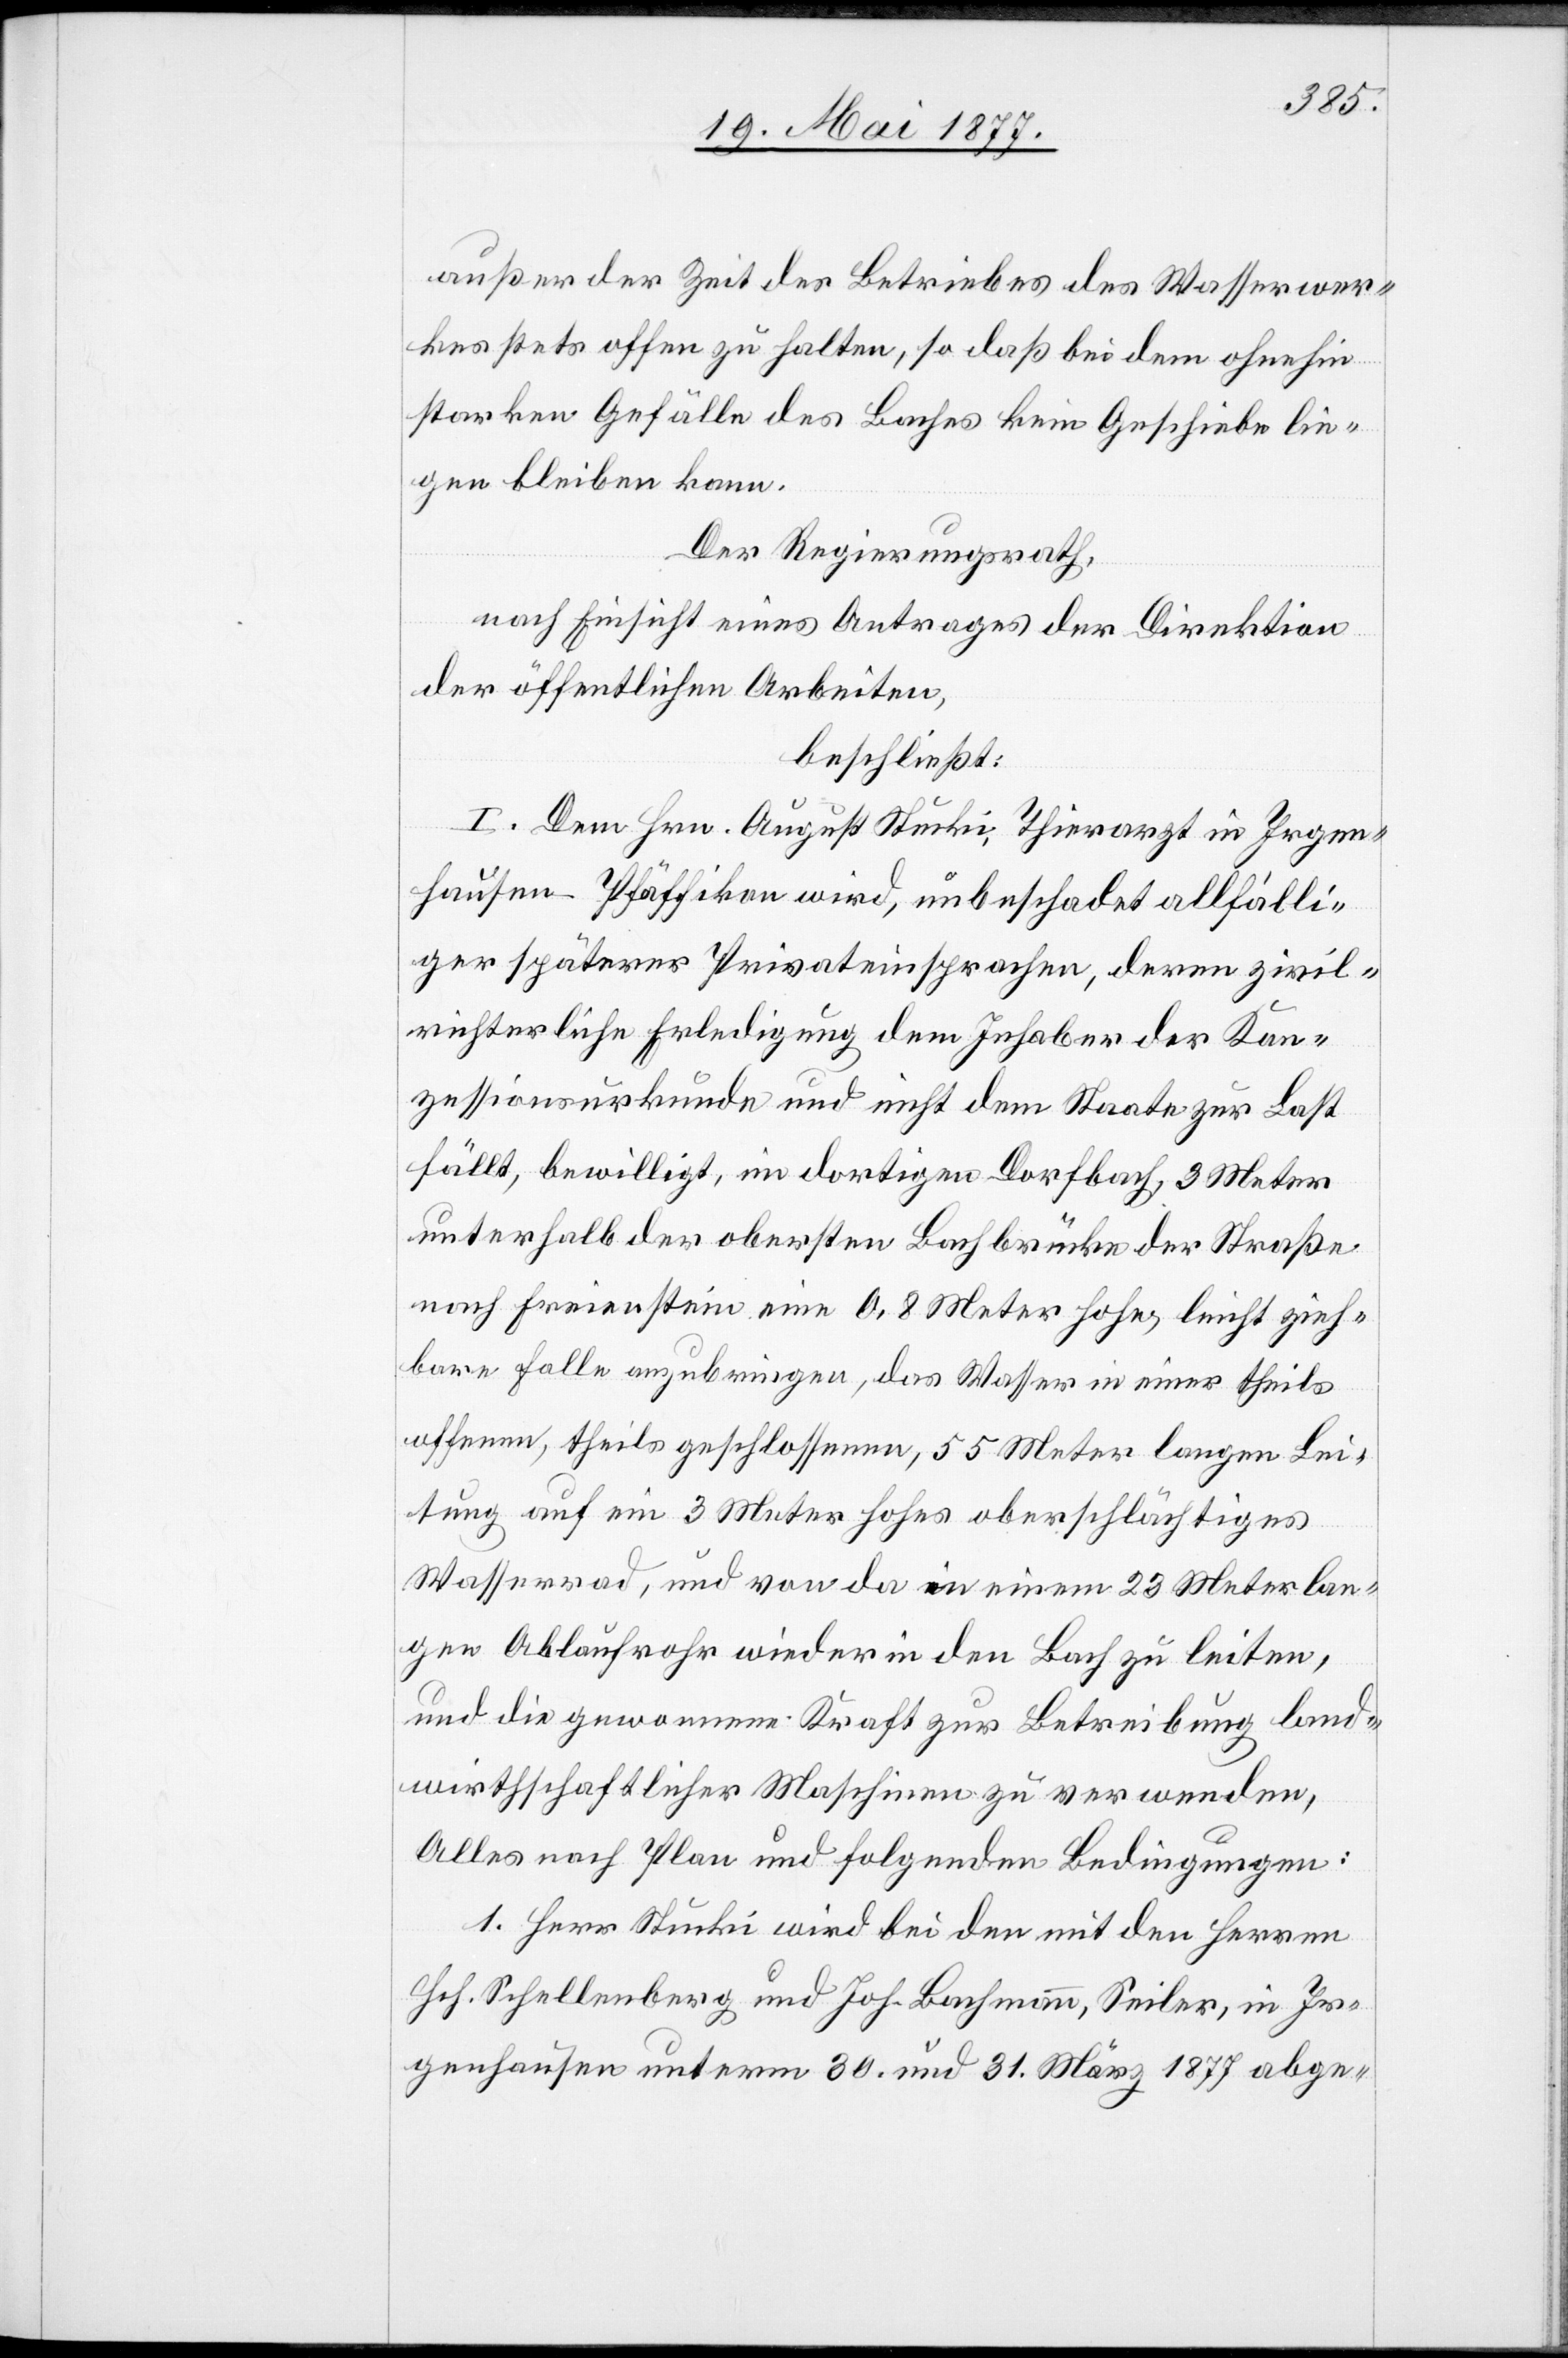
außer der Zeit des Betriebes des Wasserwer¬
kes stets offen zu halten, so daß bei dem ohnehin
starken Gefälle des Baches kein Geschiebe lie¬
gen bleiben kann.
Der Regierungsrath,
nach Einsicht eines Antrages der Direktion
der öffentlichen Arbeiten,
beschließt:
I. Dem Hrn. August Stucki, Thierarzt in Irgen¬
hausen - Pfäffikon wird, unbeschadet allfälli¬
ger späterer Privateinsprachen, deren zivil¬
richterliche Erledigung dem Inhaber der Kon¬
zessionsurkunde und nicht dem Staate zur Last
fällt, bewilligt, im dortige Dorfbach, 3 Meter
unterhalb der obersten Bachbrücke der Straße
nach Freienstein eine 0,8 Meter hohe, leicht zieh¬
bare Falle anzubringen, das Wasser in einer theils
offenen, theils geschlossenen, 55 Meter langen Lei¬
tung auf ein 3 Meter hohes oberschlächtiges
Wasserrad, und von da in einem 23 Meter lan¬
gen Ablaufrohr wieder in den Bach zu leiten,
und die gewonnene Kraft zur Betreibung land¬
wirthschaftlicher Maschinen zu verwenden,
Alles nach Plan und [unter] folgenden Bedingungen:
1. Herr Stucki wird bei den mit den Herren
Hch. Schellenberg und Joh. Bachmann, Seiler, in Ir¬
genhausen unterm 30. und 31. März 1877 abge-